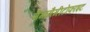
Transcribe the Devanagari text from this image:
मैगागैमीटोफाइट